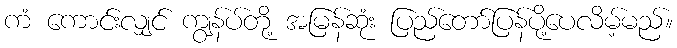
ကံ ကောင်းလျှင် ကျွန်ပ်တို့ အမြန်ဆုံး ပြည်တော်ပြန်ပို့ပေလိမ့်မည်။